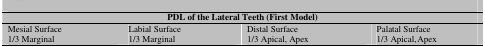
| <COLSPAN=4> PDL of the Lateral Teeth (First Model) |
 | --- | --- | --- | --- |
 | Mesial Surface | Labial Surface | Distal Surface | Palatal Surface |
 | 1/3 Marginal | 1/3 Marginal | 1/3 Apical, Apex | 1/3 Apical, Apex |